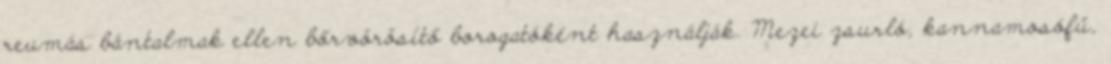
reumás bántalmak ellen bőrvörösítő borogatóként használják. Mezei zsurló, kannamosófű,